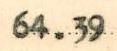
64.39